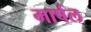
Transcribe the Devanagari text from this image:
मार्षल